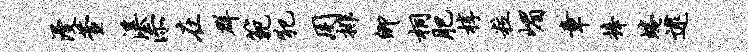
漫萱溪添在群范犯用排卿桐肥椁粒嵋章捧蜷逮